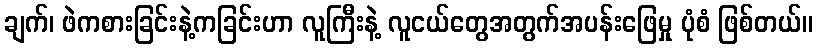
ချက်၊ ဖဲကစားခြင်းနဲ့ကခြင်းဟာ လူကြီးနဲ့ လူငယ်တွေအတွက်အပန်းဖြေမှု ပုံစံ ဖြစ်တယ်။